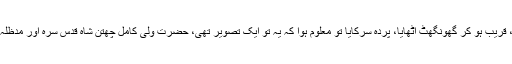
دور سے ہم نے لوگوں کو اس حسین چہرے کو بوسے دیتے ہوئے دیکھا تھا، اب ہم نے بھی آگے بڑھ کر، قریب ہو کر گھونگھٹ اٹھایا، پردہ سرکایا تو معلوم ہوا کہ یہ تو ایک تصویر تھی، حضرت ولی کامل چھتن شاہ قدس سرہ اور مدظلہ العالی کی تصویر اور ہم یہ دیکھ کر حیران رہ گئے کہ حضرت مدظلہ العالی کی تصویر بالکل برہنہ تھی۔